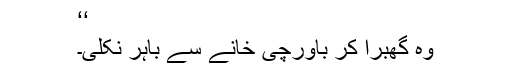
‘‘
وہ گھبرا کر باورچی خانے سے باہر نکلی۔